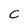
Character: C